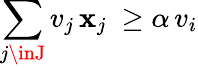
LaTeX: \sum_{j\inJ}v_{j}\, \mathbf{x}_{j}\ \geq\alpha\, v_{i}